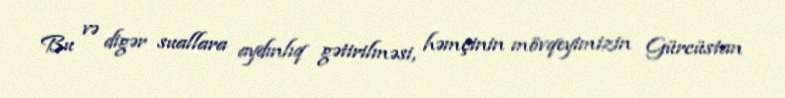
Bu və digər suallara aydınlıq gətirilməsi, həmçinin mövqeyimizin Gürcüstan